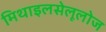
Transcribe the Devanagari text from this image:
मिथाइलसेलूलोज